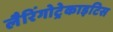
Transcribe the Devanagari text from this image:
लैरिंगोट्रेकाइटिस